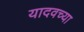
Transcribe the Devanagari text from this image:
यादवच्या